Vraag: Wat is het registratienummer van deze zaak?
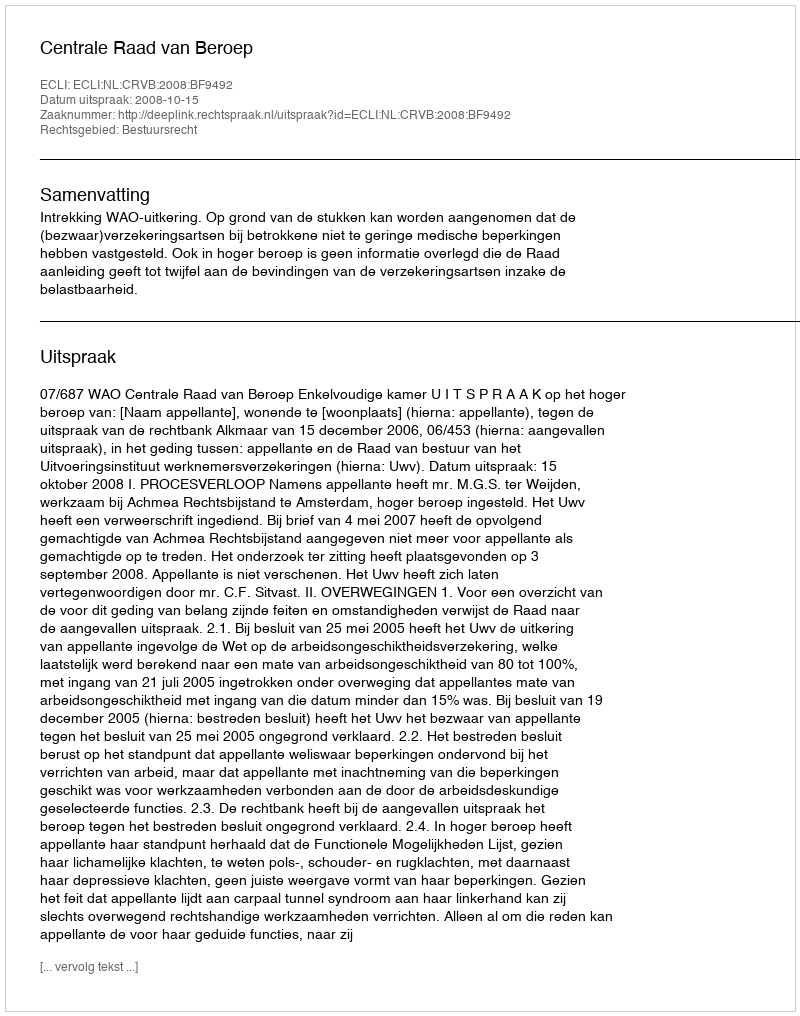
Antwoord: http://deeplink.rechtspraak.nl/uitspraak?id=ECLI:NL:CRVB:2008:BF9492